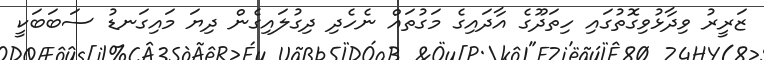
ޒަރީރު ވިދާޅުވިގޮތުގައި ހިތަދޫގެ އާދައިގެ މަގުތައް ނެހެދި ދިގުލައިގެން ދިޔަ މައިގަނޑު ސަބަބަކީ